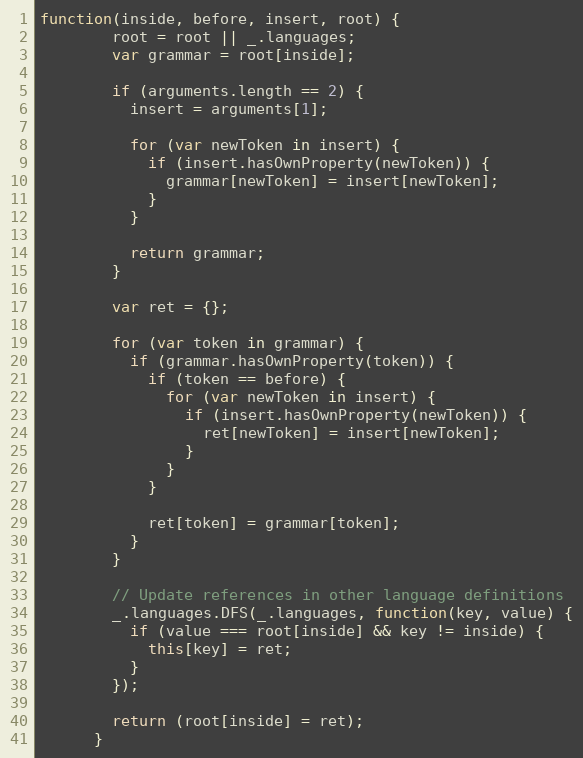
Language: JavaScript
function(inside, before, insert, root) {
        root = root || _.languages;
        var grammar = root[inside];

        if (arguments.length == 2) {
          insert = arguments[1];

          for (var newToken in insert) {
            if (insert.hasOwnProperty(newToken)) {
              grammar[newToken] = insert[newToken];
            }
          }

          return grammar;
        }

        var ret = {};

        for (var token in grammar) {
          if (grammar.hasOwnProperty(token)) {
            if (token == before) {
              for (var newToken in insert) {
                if (insert.hasOwnProperty(newToken)) {
                  ret[newToken] = insert[newToken];
                }
              }
            }

            ret[token] = grammar[token];
          }
        }

        // Update references in other language definitions
        _.languages.DFS(_.languages, function(key, value) {
          if (value === root[inside] && key != inside) {
            this[key] = ret;
          }
        });

        return (root[inside] = ret);
      }